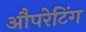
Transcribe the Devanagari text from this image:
औपरेटिंग